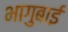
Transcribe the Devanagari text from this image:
भागुबाई